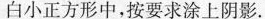
白小正方形中，按要求涂上阴影。